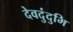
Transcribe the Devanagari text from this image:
देवदुंदुभि